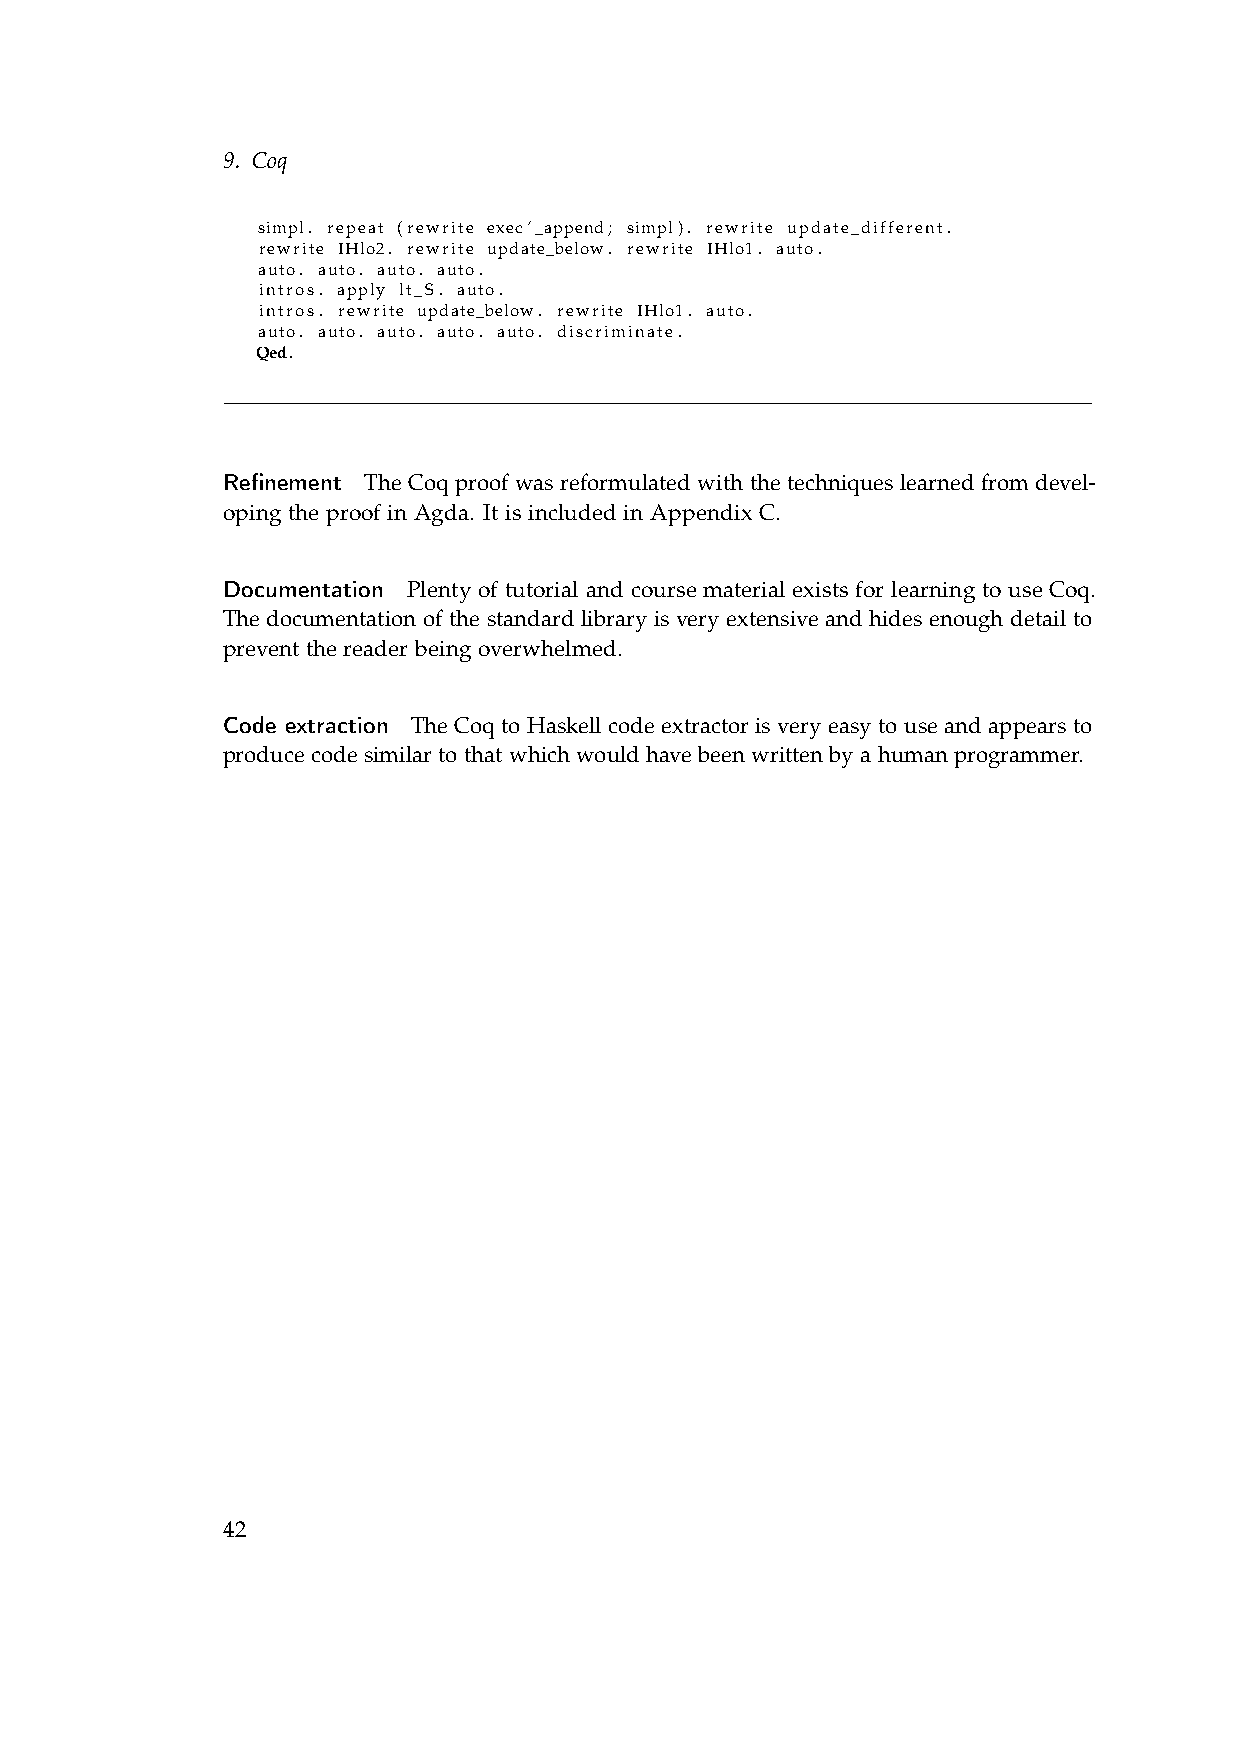
9. Coq
 simpl. repeat (rewrite exec’_append; simpl). rewrite update_different.
 rewrite IHlo2. rewrite update_below. rewrite IHlo1. auto.
 auto. auto. auto. auto.
 intros. apply lt_S. auto.
 intros. rewrite update_below. rewrite IHlo1. auto.
 auto. auto. auto. auto. auto. discriminate.
 Qed.
 Refinement The Coq proof was reformulated with the techniques learned from devel-
 oping the proof in Agda. It is included in Appendix C.
 Documentation Plenty of tutorial and course material exists for learning to use Coq.
 The documentation of the standard library is very extensive and hides enough detail to
 prevent the reader being overwhelmed.
 Code extraction The Coq to Haskell code extractor is very easy to use and appears to
 produce code similar to that which would have been written by a human programmer.
 42